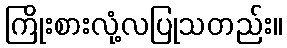
ကြိုးစားလုံ့လပြုသတည်း။